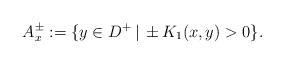
LaTeX: \begin{align*}A^\pm_x:=\{y\in D^+\,|\, \pm K_1(x,y)>0\}.\end{align*}